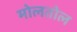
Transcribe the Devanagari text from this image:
मोलतोल